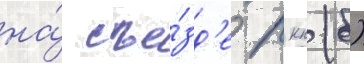
на́ съе́зд'е ркп (б)